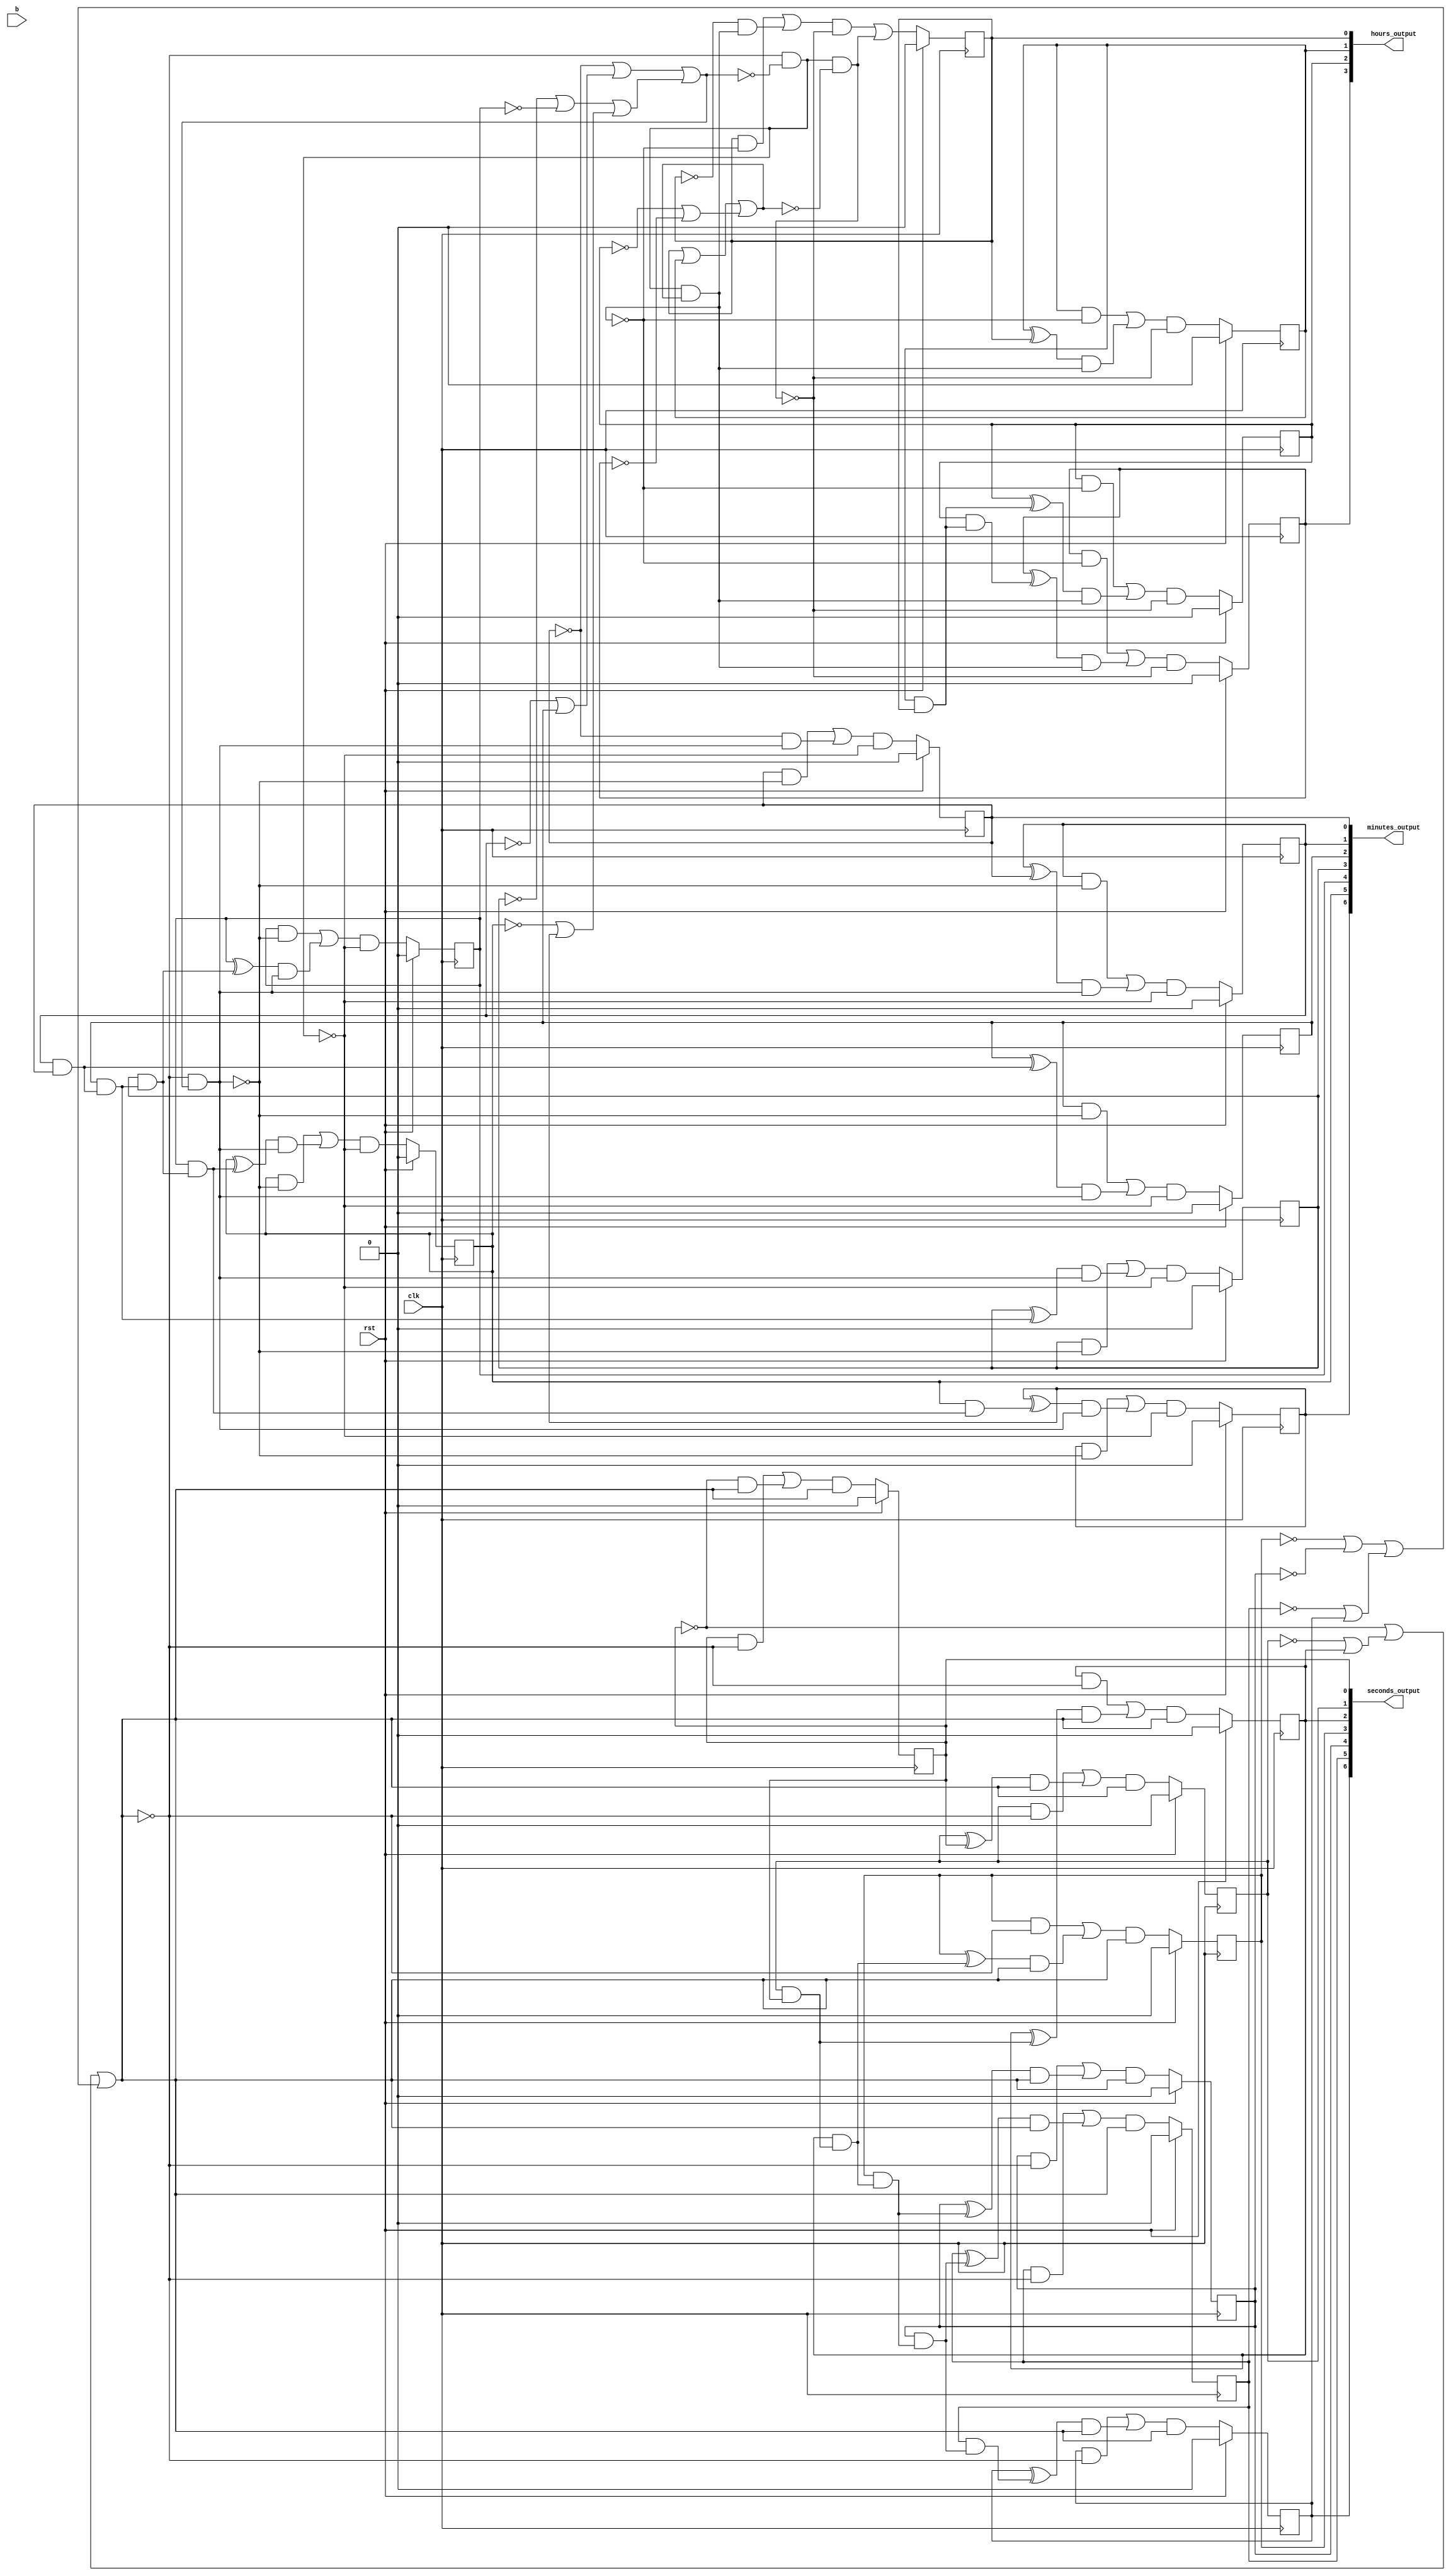
// Generated automatically via PyRTL
// As one initial test of synthesis, map to FPGA with:
//   yosys -p "synth_xilinx -top toplevel" thisfile.v

module toplevel(clk, rst, b, hours_output, minutes_output, seconds_output);
    input clk;
    input rst;
    input b;
    output[3:0] hours_output;
    output[6:0] minutes_output;
    output[6:0] seconds_output;

    reg hours_synth_0;
    reg hours_synth_1;
    reg hours_synth_2;
    reg hours_synth_3;
    reg minutes_synth_0;
    reg minutes_synth_1;
    reg minutes_synth_2;
    reg minutes_synth_3;
    reg minutes_synth_4;
    reg minutes_synth_5;
    reg minutes_synth_6;
    reg seconds_synth_0;
    reg seconds_synth_1;
    reg seconds_synth_2;
    reg seconds_synth_3;
    reg seconds_synth_4;
    reg seconds_synth_5;
    reg seconds_synth_6;

    wire[3:0] tmp353;
    wire[6:0] tmp354;
    wire[6:0] tmp355;
    wire tmp369;
    wire tmp370;
    wire tmp371;
    wire tmp372;
    wire tmp373;
    wire tmp374;
    wire tmp375;
    wire tmp376;
    wire tmp379;
    wire tmp380;
    wire tmp381;
    wire tmp383;
    wire tmp386;
    wire tmp388;
    wire tmp389;
    wire tmp390;
    wire tmp391;
    wire tmp392;
    wire tmp393;
    wire tmp394;
    wire tmp395;
    wire tmp399;
    wire tmp400;
    wire tmp402;
    wire tmp403;
    wire tmp404;
    wire tmp405;
    wire tmp408;
    wire tmp418;
    wire tmp420;
    wire tmp422;
    wire tmp423;
    wire tmp424;
    wire tmp425;
    wire tmp426;
    wire tmp427;
    wire tmp428;
    wire tmp429;
    wire tmp430;
    wire tmp438;
    wire tmp442;
    wire tmp443;
    wire tmp445;
    wire tmp446;
    wire tmp447;
    wire tmp451;
    wire tmp452;
    wire tmp456;
    wire tmp463;
    wire tmp472;
    wire tmp473;
    wire tmp474;
    wire tmp475;
    wire tmp480;
    wire tmp481;
    wire tmp482;
    wire tmp483;
    wire tmp484;
    wire tmp486;
    wire tmp487;
    wire tmp488;
    wire tmp489;
    wire tmp492;
    wire tmp496;
    wire tmp497;
    wire tmp498;
    wire tmp499;
    wire tmp500;
    wire tmp501;
    wire tmp502;
    wire tmp503;
    wire tmp504;
    wire tmp506;
    wire tmp507;
    wire tmp508;
    wire tmp509;
    wire tmp510;
    wire tmp511;
    wire tmp512;
    wire tmp513;
    wire tmp514;
    wire tmp516;
    wire tmp520;
    wire tmp522;
    wire tmp524;
    wire tmp525;
    wire tmp527;
    wire tmp528;
    wire tmp529;
    wire tmp530;
    wire tmp532;
    wire tmp542;
    wire tmp543;
    wire tmp544;
    wire tmp545;
    wire tmp547;
    wire tmp549;
    wire tmp550;
    wire tmp551;
    wire tmp552;
    wire tmp553;
    wire tmp554;
    wire tmp555;
    wire tmp556;
    wire tmp558;
    wire tmp559;
    wire tmp560;
    wire tmp562;
    wire tmp563;
    wire tmp564;
    wire tmp565;
    wire tmp566;
    wire tmp567;
    wire tmp568;
    wire tmp570;
    wire tmp577;
    wire tmp580;
    wire tmp581;
    wire tmp582;
    wire tmp583;
    wire tmp585;
    wire tmp586;
    wire tmp587;
    wire tmp588;
    wire tmp596;
    wire tmp603;
    wire tmp606;
    wire tmp608;
    wire tmp611;
    wire tmp612;
    wire tmp613;
    wire tmp614;
    wire tmp615;
    wire tmp616;
    wire tmp617;
    wire tmp618;
    wire tmp619;
    wire tmp624;
    wire tmp625;
    wire tmp627;
    wire tmp628;
    wire tmp631;
    wire tmp633;
    wire tmp634;
    wire tmp635;
    wire tmp647;

    // Combinational
    assign hours_output = tmp353;
    assign minutes_output = tmp355;
    assign seconds_output = tmp354;
    assign tmp353 = {hours_synth_3, hours_synth_2, hours_synth_1, hours_synth_0};
    assign tmp354 = {seconds_synth_6, seconds_synth_5, seconds_synth_4, seconds_synth_3, seconds_synth_2, seconds_synth_1, seconds_synth_0};
    assign tmp355 = {minutes_synth_6, minutes_synth_5, minutes_synth_4, minutes_synth_3, minutes_synth_2, minutes_synth_1, minutes_synth_0};
    assign tmp369 = minutes_synth_0 & tmp542;
    assign tmp370 = minutes_synth_1 & tmp542;
    assign tmp371 = minutes_synth_2 & tmp542;
    assign tmp372 = minutes_synth_3 & tmp542;
    assign tmp373 = minutes_synth_4 & tmp542;
    assign tmp374 = minutes_synth_5 & tmp542;
    assign tmp375 = minutes_synth_6 & tmp542;
    assign tmp376 = seconds_synth_3 ^ tmp530;
    assign tmp379 = seconds_synth_4 & tmp544;
    assign tmp380 = minutes_synth_3 ^ tmp545;
    assign tmp381 = ~tmp529;
    assign tmp383 = tmp445 | tmp446;
    assign tmp386 = tmp442 | tmp488;
    assign tmp388 = tmp369 | tmp422;
    assign tmp389 = tmp370 | tmp423;
    assign tmp390 = tmp371 | tmp424;
    assign tmp391 = tmp372 | tmp425;
    assign tmp392 = tmp373 | tmp426;
    assign tmp393 = tmp374 | tmp427;
    assign tmp394 = tmp375 | tmp428;
    assign tmp395 = ~tmp596;
    assign tmp399 = minutes_synth_2 ^ tmp456;
    assign tmp400 = tmp451 | tmp452;
    assign tmp402 = hours_synth_0 & tmp625;
    assign tmp403 = hours_synth_1 & tmp625;
    assign tmp404 = hours_synth_2 & tmp625;
    assign tmp405 = hours_synth_3 & tmp625;
    assign tmp408 = hours_synth_1 & hours_synth_0;
    assign tmp418 = hours_synth_2 & tmp408;
    assign tmp420 = ~tmp522;
    assign tmp422 = tmp442 & tmp603;
    assign tmp423 = tmp527 & tmp603;
    assign tmp424 = tmp399 & tmp603;
    assign tmp425 = tmp380 & tmp603;
    assign tmp426 = tmp492 & tmp603;
    assign tmp427 = tmp582 & tmp603;
    assign tmp428 = tmp520 & tmp603;
    assign tmp429 = ~tmp506;
    assign tmp430 = tmp556 | tmp524;
    assign tmp438 = tmp472 | tmp486;
    assign tmp442 = ~minutes_synth_0;
    assign tmp443 = ~minutes_synth_1;
    assign tmp445 = ~minutes_synth_3;
    assign tmp446 = ~minutes_synth_4;
    assign tmp447 = ~minutes_synth_5;
    assign tmp451 = ~hours_synth_2;
    assign tmp452 = ~hours_synth_3;
    assign tmp456 = minutes_synth_1 & minutes_synth_0;
    assign tmp463 = tmp631 | seconds_synth_2;
    assign tmp472 = tmp585 & tmp516;
    assign tmp473 = tmp586 & tmp516;
    assign tmp474 = tmp587 & tmp516;
    assign tmp475 = tmp588 & tmp516;
    assign tmp480 = tmp484 & tmp618;
    assign tmp481 = tmp627 & tmp618;
    assign tmp482 = tmp608 & tmp618;
    assign tmp483 = tmp547 & tmp618;
    assign tmp484 = ~hours_synth_0;
    assign tmp486 = tmp596 & tmp420;
    assign tmp487 = minutes_synth_5 & tmp628;
    assign tmp488 = tmp443 | minutes_synth_2;
    assign tmp489 = tmp635 | seconds_synth_6;
    assign tmp492 = minutes_synth_4 ^ tmp647;
    assign tmp496 = ~tmp381;
    assign tmp497 = seconds_synth_1 & seconds_synth_0;
    assign tmp498 = tmp508 | tmp549;
    assign tmp499 = tmp509 | tmp550;
    assign tmp500 = tmp510 | tmp551;
    assign tmp501 = tmp511 | tmp552;
    assign tmp502 = tmp512 | tmp553;
    assign tmp503 = tmp513 | tmp554;
    assign tmp504 = tmp514 | tmp555;
    assign tmp506 = tmp619 | tmp400;
    assign tmp507 = tmp447 | minutes_synth_6;
    assign tmp508 = seconds_synth_0 & tmp577;
    assign tmp509 = seconds_synth_1 & tmp577;
    assign tmp510 = seconds_synth_2 & tmp577;
    assign tmp511 = seconds_synth_3 & tmp577;
    assign tmp512 = seconds_synth_4 & tmp577;
    assign tmp513 = seconds_synth_5 & tmp577;
    assign tmp514 = seconds_synth_6 & tmp577;
    assign tmp516 = ~tmp486;
    assign tmp520 = minutes_synth_6 ^ tmp487;
    assign tmp522 = ~tmp429;
    assign tmp524 = tmp560 | tmp489;
    assign tmp525 = seconds_synth_2 ^ tmp497;
    assign tmp527 = minutes_synth_1 ^ minutes_synth_0;
    assign tmp528 = ~seconds_synth_0;
    assign tmp529 = tmp386 | tmp583;
    assign tmp530 = seconds_synth_2 & tmp497;
    assign tmp532 = seconds_synth_5 ^ tmp379;
    assign tmp542 = ~tmp603;
    assign tmp543 = ~tmp496;
    assign tmp544 = seconds_synth_3 & tmp530;
    assign tmp545 = minutes_synth_2 & tmp456;
    assign tmp547 = hours_synth_3 ^ tmp418;
    assign tmp549 = tmp528 & tmp624;
    assign tmp550 = tmp606 & tmp624;
    assign tmp551 = tmp525 & tmp624;
    assign tmp552 = tmp376 & tmp624;
    assign tmp553 = tmp559 & tmp624;
    assign tmp554 = tmp532 & tmp624;
    assign tmp555 = tmp570 & tmp624;
    assign tmp556 = tmp528 | tmp463;
    assign tmp558 = seconds_synth_5 & tmp379;
    assign tmp559 = seconds_synth_4 ^ tmp544;
    assign tmp560 = tmp633 | tmp634;
    assign tmp562 = tmp498 & tmp580;
    assign tmp563 = tmp499 & tmp580;
    assign tmp564 = tmp500 & tmp580;
    assign tmp565 = tmp501 & tmp580;
    assign tmp566 = tmp502 & tmp580;
    assign tmp567 = tmp503 & tmp580;
    assign tmp568 = tmp504 & tmp580;
    assign tmp570 = seconds_synth_6 ^ tmp558;
    assign tmp577 = ~tmp624;
    assign tmp580 = ~tmp577;
    assign tmp581 = ~tmp430;
    assign tmp582 = minutes_synth_5 ^ tmp628;
    assign tmp583 = tmp383 | tmp507;
    assign tmp585 = tmp402 | tmp480;
    assign tmp586 = tmp403 | tmp481;
    assign tmp587 = tmp404 | tmp482;
    assign tmp588 = tmp405 | tmp483;
    assign tmp596 = tmp577 & tmp543;
    assign tmp603 = tmp577 & tmp496;
    assign tmp606 = seconds_synth_1 ^ seconds_synth_0;
    assign tmp608 = hours_synth_2 ^ tmp408;
    assign tmp611 = tmp388 & tmp395;
    assign tmp612 = tmp389 & tmp395;
    assign tmp613 = tmp390 & tmp395;
    assign tmp614 = tmp391 & tmp395;
    assign tmp615 = tmp392 & tmp395;
    assign tmp616 = tmp393 & tmp395;
    assign tmp617 = tmp394 & tmp395;
    assign tmp618 = tmp596 & tmp522;
    assign tmp619 = hours_synth_0 | hours_synth_1;
    assign tmp624 = ~tmp581;
    assign tmp625 = ~tmp618;
    assign tmp627 = hours_synth_1 ^ hours_synth_0;
    assign tmp628 = minutes_synth_4 & tmp647;
    assign tmp631 = ~seconds_synth_1;
    assign tmp633 = ~seconds_synth_3;
    assign tmp634 = ~seconds_synth_4;
    assign tmp635 = ~seconds_synth_5;
    assign tmp647 = minutes_synth_3 & tmp545;

    // Registers
    always @(posedge clk)
    begin
        if (rst) begin
            hours_synth_0 <= 0;
            hours_synth_1 <= 0;
            hours_synth_2 <= 0;
            hours_synth_3 <= 0;
            minutes_synth_0 <= 0;
            minutes_synth_1 <= 0;
            minutes_synth_2 <= 0;
            minutes_synth_3 <= 0;
            minutes_synth_4 <= 0;
            minutes_synth_5 <= 0;
            minutes_synth_6 <= 0;
            seconds_synth_0 <= 0;
            seconds_synth_1 <= 0;
            seconds_synth_2 <= 0;
            seconds_synth_3 <= 0;
            seconds_synth_4 <= 0;
            seconds_synth_5 <= 0;
            seconds_synth_6 <= 0;
        end
        else begin
            hours_synth_0 <= tmp438;
            hours_synth_1 <= tmp473;
            hours_synth_2 <= tmp474;
            hours_synth_3 <= tmp475;
            minutes_synth_0 <= tmp611;
            minutes_synth_1 <= tmp612;
            minutes_synth_2 <= tmp613;
            minutes_synth_3 <= tmp614;
            minutes_synth_4 <= tmp615;
            minutes_synth_5 <= tmp616;
            minutes_synth_6 <= tmp617;
            seconds_synth_0 <= tmp562;
            seconds_synth_1 <= tmp563;
            seconds_synth_2 <= tmp564;
            seconds_synth_3 <= tmp565;
            seconds_synth_4 <= tmp566;
            seconds_synth_5 <= tmp567;
            seconds_synth_6 <= tmp568;
        end
    end

endmodule